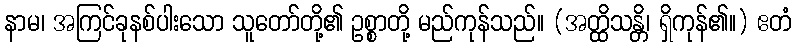
နာမ၊ အကြင်ခုနစ်ပါးသော သူတော်တို့၏ ဥစ္စာတို့ မည်ကုန်သည်။ (အတ္ထိသန္တိ၊ ရှိကုန်၏။) ဧတံ